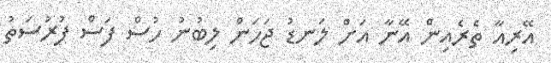
އޭރިއާ ތެރެއިން އޭނާ އަށް ލަނޑު ޖަހަން ލިބުނު ހުސް ފަސް ފުރުސަތު